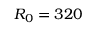
R _ { 0 } = 3 2 0